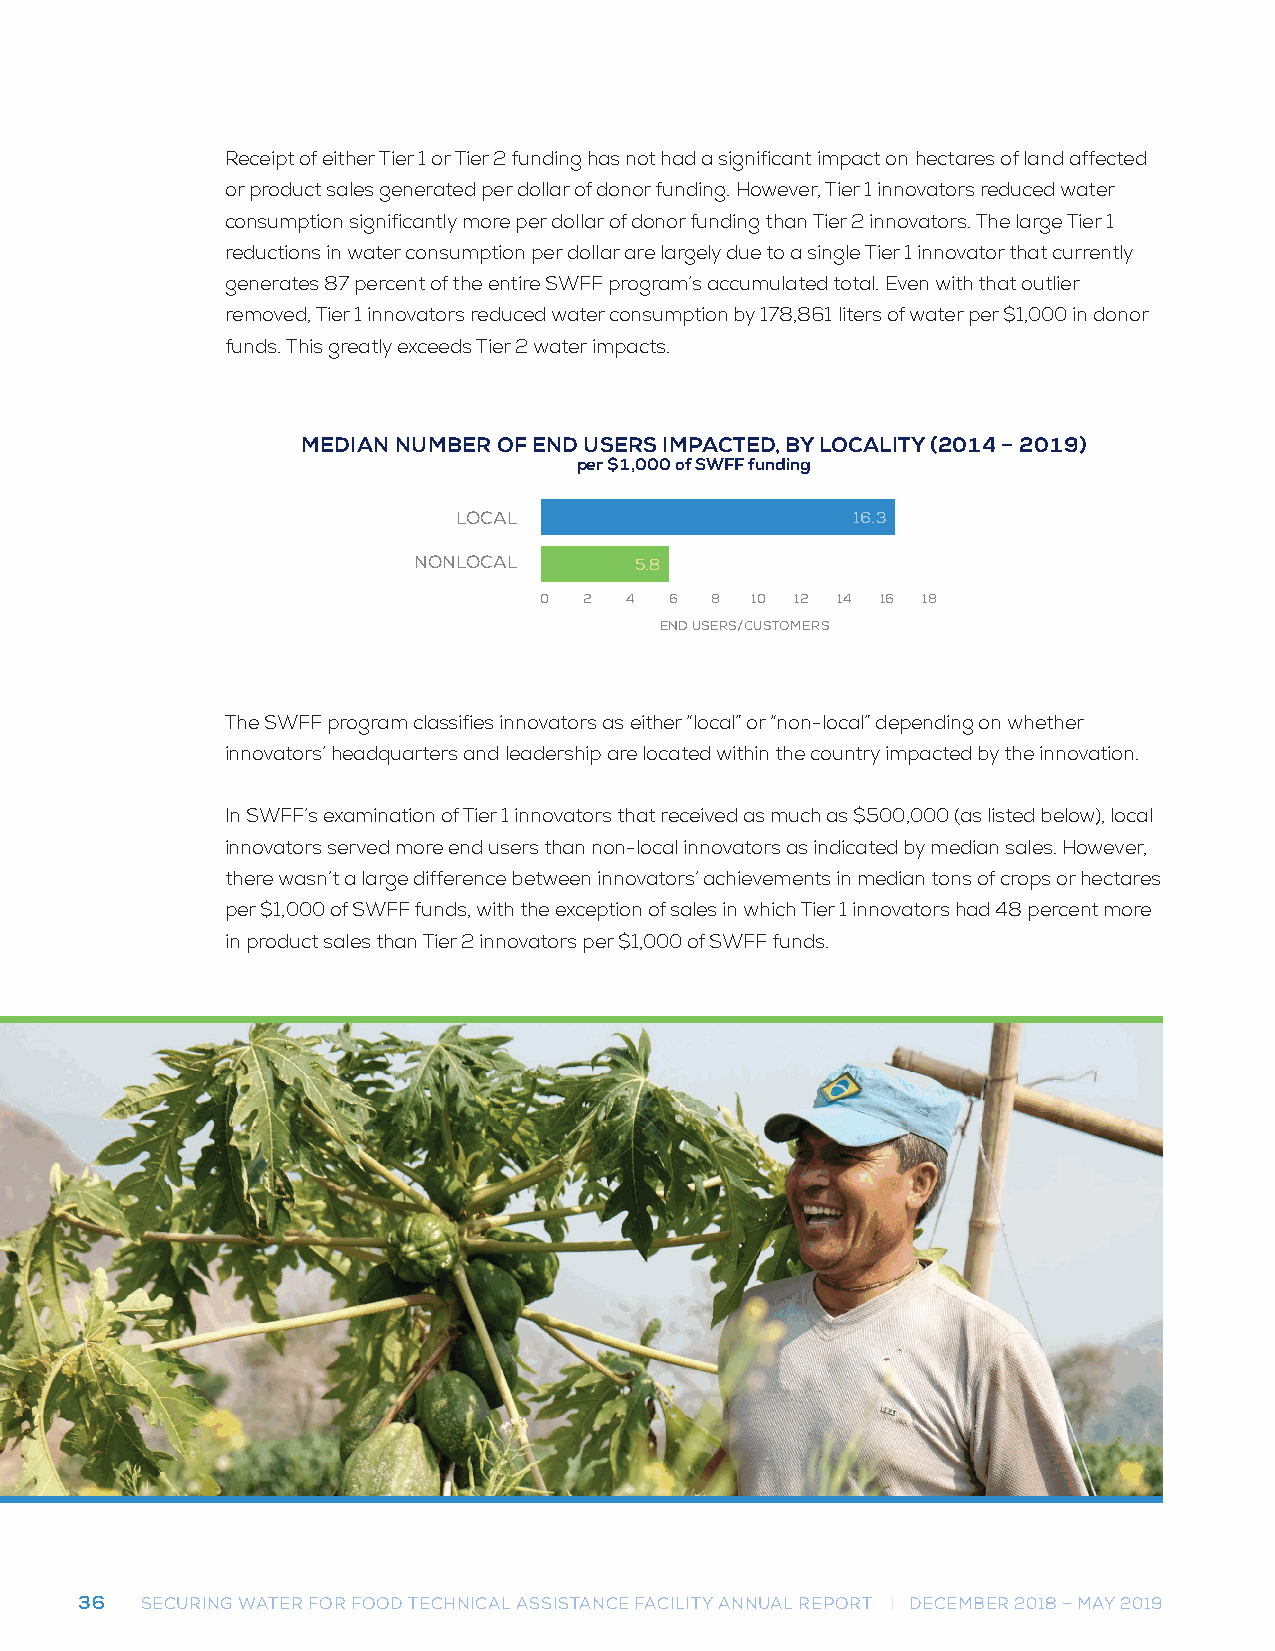
Receipt of either Tier 1 or Tier 2 funding has not had a significant impact on hectares of land affected
 or product sales generated per dollar of donor funding. However, Tier 1 innovators reduced water
 consumption significantly more per dollar of donor funding than Tier 2 innovators. The large Tier 1
 reductions in water consumption per dollar are largely due to a single Tier 1 innovator that currently
 generates 87 percent of the entire SWFF program’s accumulated total. Even with that outlier
 removed, Tier 1 innovators reduced water consumption by 178,861 liters of water per $1,000 in donor
 funds. This greatly exceeds Tier 2 water impacts.
 MEDIAN NUMBER OF END USERS IMPACTED, BY LOCALITY (2014 – 2019)
 MEDIAN NUMBER OF ENDp eUr S$E1,0R0S0 I Mof PSAWCFTF EfuDn,d BinYg LOCALITY (2014 – 2019)
 per $1,000 of SWFF funding
 LOCAL                     16.3
 NONLOCAL       5.8
 0  2 4  6  8  10 12 14 16 18
 END USERS/CUSTOMERS
 The SWFF program classifies innovators as either “local” or “non-local” depending on whether
 innovators’ headquarters and leadership are located within the country impacted by the innovation.
 In SWFF’s examination of Tier 1 innovators that received as much as $500,000 (as listed below), local
 innovators served more end users than non-local innovators as indicated by median sales. However,
 there wasn’t a large difference between innovators’ achievements in median tons of crops or hectares
 per $1,000 of SWFF funds, with the exception of sales in which Tier 1 innovators had 48 percent more
 in product sales than Tier 2 innovators per $1,000 of SWFF funds.
 36  SECURING WATER FOR FOOD TECHNICAL ASSISTANCE FACILITY ANNUAL REPORT | DECEMBER 2018 – MAY 2019